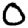
Digit: 0